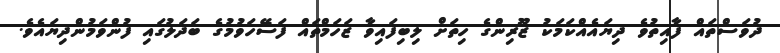
ދުވަސްތައް ފާއިތުވެ ދިޔައެއްކަމަކު ޒޫރިންގެ ހިތަށް ލިބިފައިވާ ޒަހަމްތައް ފަސޭހަވުމުގެ ބަދަލުގައި ފުންވަމުންދިޔައެވެ.